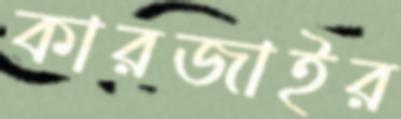
কারজাইর